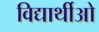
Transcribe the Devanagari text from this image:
विद्यार्थीओ